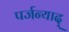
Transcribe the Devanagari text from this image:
पर्जन्याद्‌